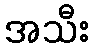
အသီး